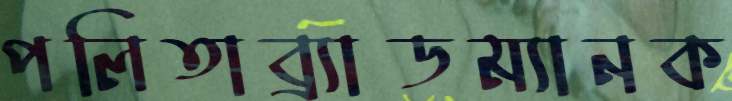
পলিতাব্র্যাডম্যানক